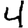
Digit: 4